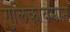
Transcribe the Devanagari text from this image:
गुलिकायमानं